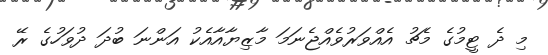
މި ދެ ޓީމުގެ މެޗު އެއްވަރުވެއްޖެނަމަ މާޒިޔާއާއެކު އަންނަ ބުދަ ދުވަހުގެ ރޭ